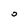
Character: 0